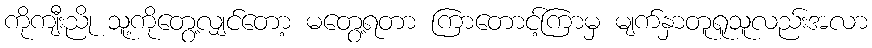
ကိုကျီးညို သူ့ကိုတွေ့လျှင်တော့ မတွေ့ရတာ ကြာတောင့်ကြာမှ မျက်နှာတူရူသူလည်းအလာ